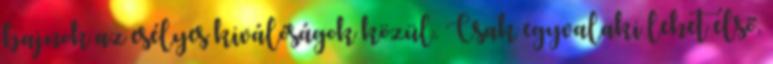
bajnok az esélyes kiválóságok közül. Csak egyvalaki lehet első,